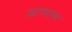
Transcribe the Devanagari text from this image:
व्राणाभ